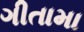
ગીતામા